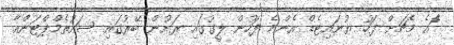
ަެައެ މެޗަށް ފަހު ޔުނައިޓެޑް އެންމެ ފަހުން ލީގުގައި ރަށުން ބޭރުގައި ސައުތެމްޕްޓަންއާ